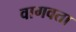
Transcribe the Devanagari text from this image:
वागवता